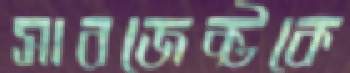
সাবজেক্টকে